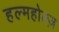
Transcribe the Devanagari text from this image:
हल्महोल्ज़